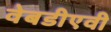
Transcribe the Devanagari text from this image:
वेबडीएवी